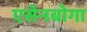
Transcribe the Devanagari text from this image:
एसेनबोगा